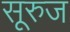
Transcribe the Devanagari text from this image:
सूरुज